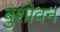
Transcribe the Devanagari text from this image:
बुशोवन